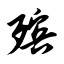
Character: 殡